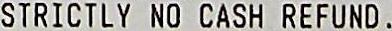
STRICTLY NO CASH REFUND .